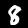
Digit: 8